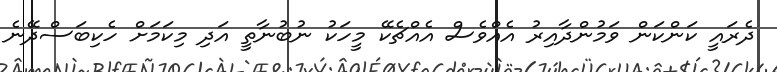
ދެރައީ ކަންކަން ވަމުންދާއިރު އެއްވެސް އެއްޗެކޭ މީހަކު ނުބުނާތީ އަދި މިކަމަށް ހެކިބަސްދޭނެ